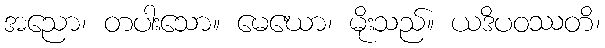
အညော၊ တပါးသော။ မေဃော၊ မိုးသည်။ ယဒိပဝဿတိ၊